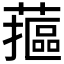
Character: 𮒁